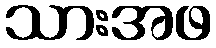
သားအဖ